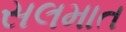
સલમાત